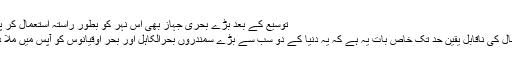
توسیع کے بعد بڑے بحری جہاز بھی اس نہر کو بطور راستہ استعمال کر پائیں گے
پاناما کینال کی ناقابل یقین حد تک خاص بات یہ ہے کہ یہ دنیا کے دو سب سے بڑے سمندروں بحرالکاہل اور بحر اوقیانوس کو آپس میں ملا دیتی ہے۔